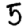
Digit: 5